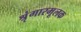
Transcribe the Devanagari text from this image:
श्रृंगारमूलक